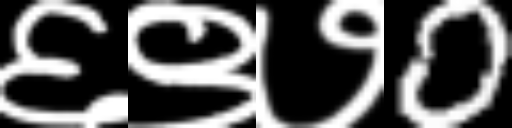
Text: ६९७0